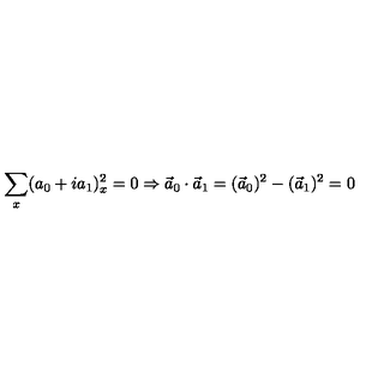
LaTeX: \sum _ { x } ( a _ { 0 } + i a _ { 1 } ) _ { x } ^ { 2 } = 0 \Rightarrow \vec { a } _ { 0 } \cdot \vec { a } _ { 1 } = ( \vec { a } _ { 0 } ) ^ { 2 } - ( \vec { a } _ { 1 } ) ^ { 2 } = 0